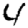
Digit: 4